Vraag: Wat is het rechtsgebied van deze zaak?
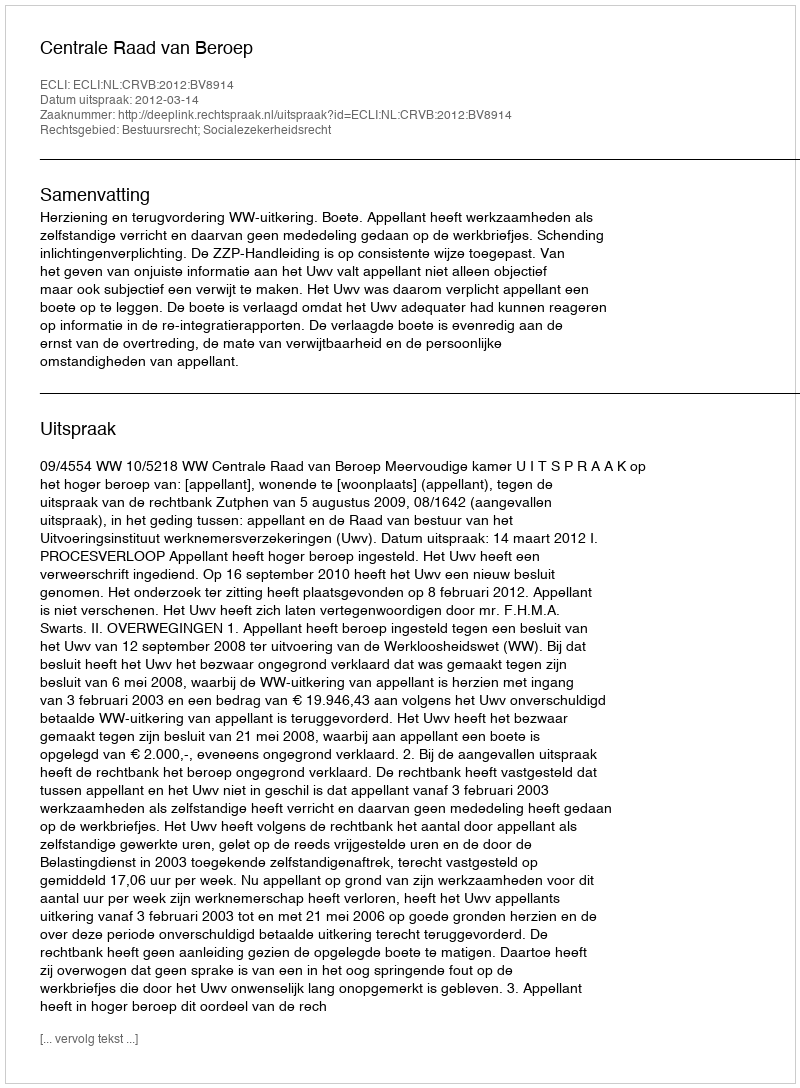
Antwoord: Bestuursrecht; Socialezekerheidsrecht